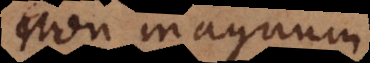
non magnum